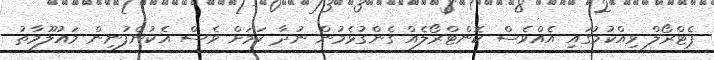
ޕެޓްރޯލް ވިއްކުމުގައި އެއްވެސް ކޮންޓްރޯލެއް ގެންގުޅެމުން ނުދާ ކަމަށް ވެސް އެކުންފުނިން މައުލޫމާތު